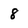
Character: 8